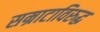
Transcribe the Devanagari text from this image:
सम्राटाविरुद्ध